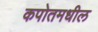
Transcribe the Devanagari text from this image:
कपोतमधील